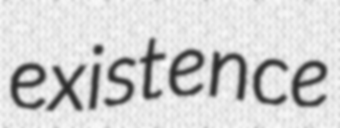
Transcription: existence